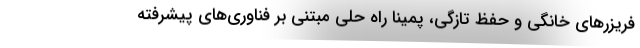
فریزرهای خانگی و حفظ تازگی، پمینا راه حلی مبتنی بر فناوری‌های پیشرفته